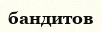
бандитов